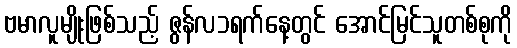
ဗမာလူမျိုးဖြစ်သည့် ဇွန်လ၁ရက်နေ့တွင် အောင်မြင်သူတစ်စုကို